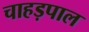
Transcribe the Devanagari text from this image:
चाहड़पाल